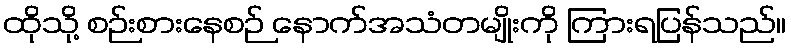
ထိုသို့ စဉ်းစားနေစဉ် နောက်အသံတမျိုးကို ကြားရပြန်သည်။